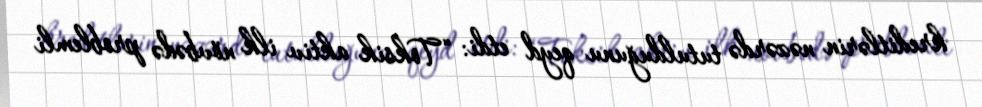
kreditlərin nəzərdə tutulduğunu qeyd etdi: “Toksik aktiv ilk növbədə problemli